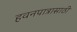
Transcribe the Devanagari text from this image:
हवनपात्रासाठी